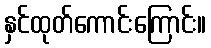
နှင်ထုတ်ကောင်းကြောင်း။